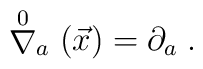
\stackrel{0}{\nabla}_{a}(\vec{x})=\partial _{a} \;.